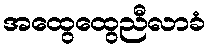
အထွေထွေညီလာခံ